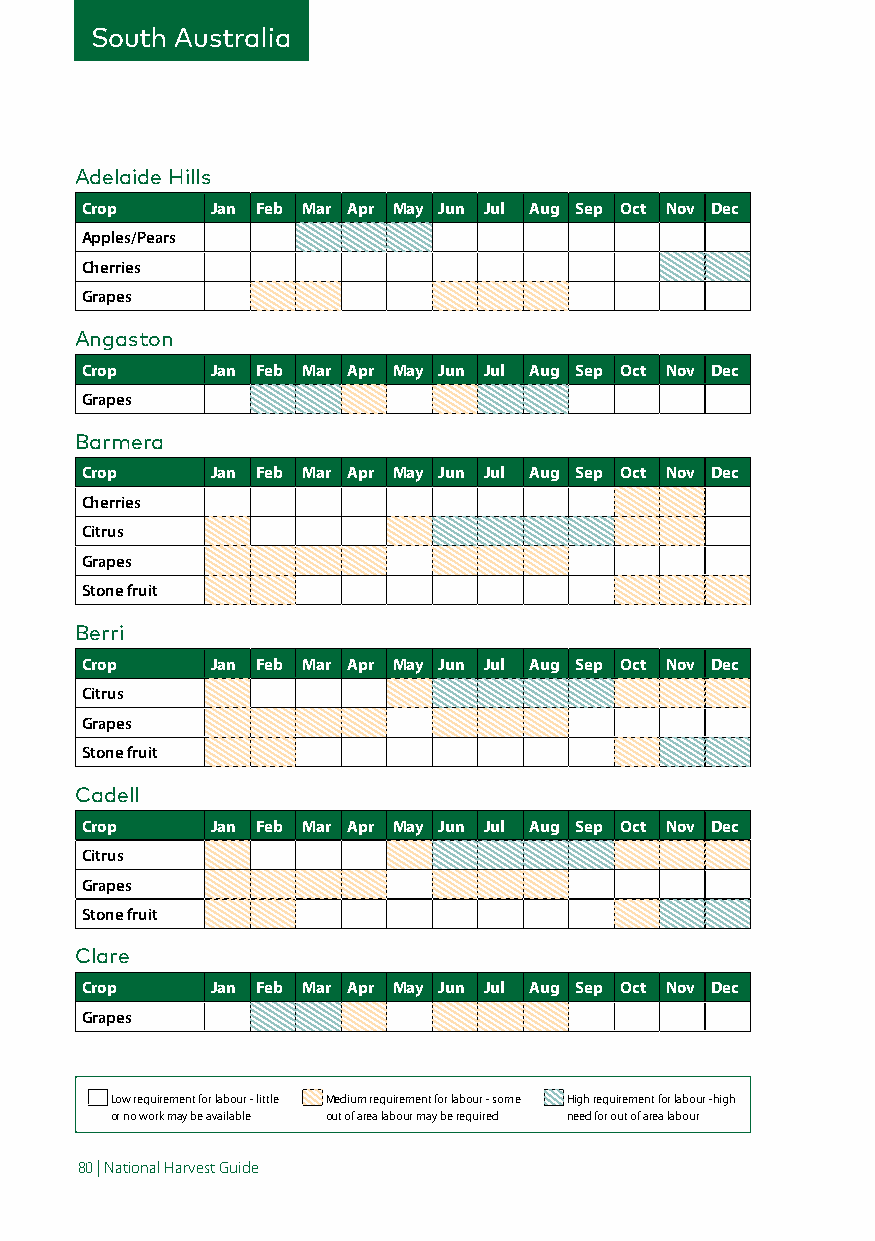
South Australia
 Adelaide Hills
 Crop     Jan Feb Mar Apr May Jun Jul Aug Sep Oct Nov Dec
 Apples/Pears
 Cherries
 Grapes
 Angaston
 Crop     Jan Feb Mar Apr May Jun Jul Aug Sep Oct Nov Dec
 Grapes
 Barmera
 Crop     Jan Feb Mar Apr May Jun Jul Aug Sep Oct Nov Dec
 Cherries
 Citrus
 Grapes
 Stone fruit
 Berri
 Crop     Jan Feb Mar Apr May Jun Jul Aug Sep Oct Nov Dec
 Citrus
 Grapes
 Stone fruit
 Cadell
 Crop     Jan Feb Mar Apr May Jun Jul Aug Sep Oct Nov Dec
 Citrus
 Grapes
 Stone fruit
 Clare
 Crop     Jan Feb Mar Apr May Jun Jul Aug Sep Oct Nov Dec
 Grapes
 Low requirement for labour - little Medium requirement for labour - some High requirement for labour -high
 or no work may be available out of area labour may be required need for out of area labour
 80 | National Harvest Guide